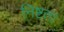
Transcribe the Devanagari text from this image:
निष्टता